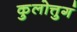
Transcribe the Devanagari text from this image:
कुलोत्तुगं